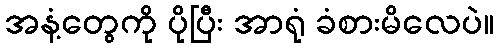
အနံ့တွေကို ပိုပြီး အာရုံ ခံစားမိလေပဲ။